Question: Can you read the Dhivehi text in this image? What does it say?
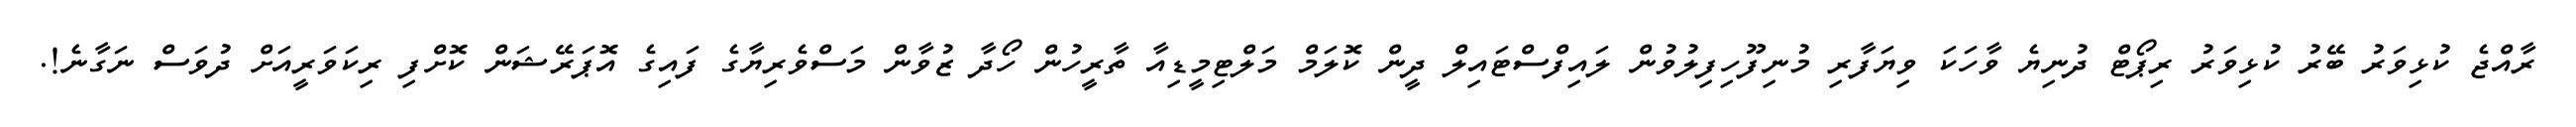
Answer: ރާއްޖެ ކުޅިވަރު ބޭރު ކުޅިވަރު ރިޕޯޓް ދުނިޔެ ވާހަކަ ވިޔަފާރި މުނިފޫހިފިލުވުން ލައިފްސްޓައިލް ދީން ކޮލަމް މަލްޓިމީޑިއާ ތާރީހުން ހޯދާ ޒުވާން މަސްވެރިޔާގެ ފައިގެ އޮޕަރޭޝަން ކޮށްފި ރިކަވަރީއަށް ދުވަސް ނަގާނެ!.